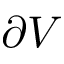
\partial V